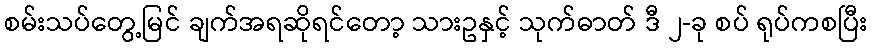
စမ်းသပ်တွေ့မြင် ချက်အရဆိုရင်တော့ သားဥနှင့် သုက်ဓာတ် ဒီ ၂-ခု စပ် ရုပ်ကစပြီး